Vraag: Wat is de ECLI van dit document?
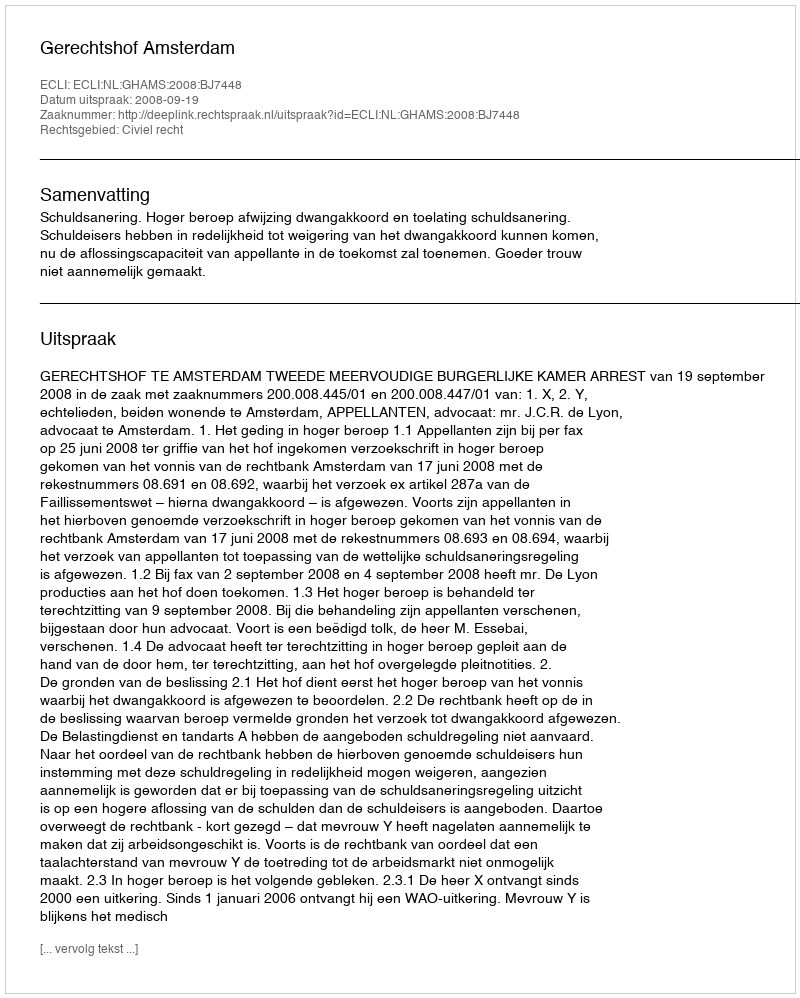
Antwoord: ECLI:NL:GHAMS:2008:BJ7448